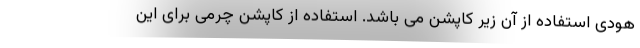
هودی استفاده از آن زیر کاپشن می باشد. استفاده از کاپشن چرمی برای این